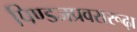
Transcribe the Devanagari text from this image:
पिण्डजप्रवरारूढ़ा